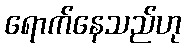
ရောက်နေသည်ဟု